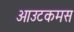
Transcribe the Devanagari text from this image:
आउटकमस